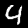
Label: 4